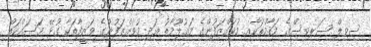
ސިވިލް ސަރވިސްގެ މަޤާމުތަކާއި މުވައްޒަފުންގެ މަޢުލޫމާތު އަދި މުވައްޒަފުންގެ ވަޒީފާތަކާ ގުޅޭ މަސައްކަތް